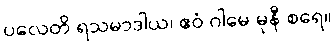
ပလေတိ ရသမာဒါယ၊ ဧဝံ ဂါမေ မုနီ စရေ။